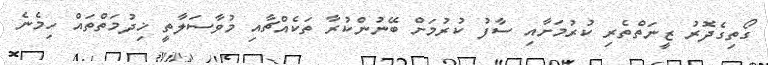
ގޯތިގެދޮރު ޒީނަތްތެރި ކުރުމަށާއި ސާފު ކުރުމަށް ބޭނުންކުރާ ތަކެއްޗާއި މުވާސަލާތީ ޚިދުމަތްތައް ހިމެނެ